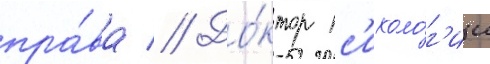
пра́ва // До́ктор пс'ихоло́г'ии